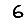
Digit: 6